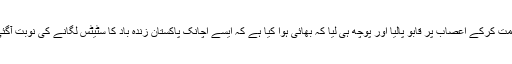
لیکن ہمت کرکے اعصاب پر قابو پالیا اور پوچھ ہی لیا کہ بھائی ہوا کیا ہے کہ ایسے اچانک پاکستان زندہ باد کا سٹیٹس لگانے کی نوبت آگئی ہے؟